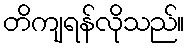
တိကျရန်လိုသည်။